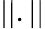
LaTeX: \left|\left|.\right|\right|